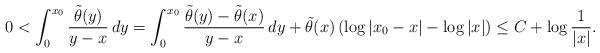
LaTeX: \begin{align*}0< \int_0^{x_0} \frac{\tilde{\theta}(y)}{y-x} \, dy = \int_0^{x_0} \frac{\tilde{\theta}(y) - \tilde{\theta}(x)}{y-x} \, dy + \tilde{\theta}(x) \left(\log|x_0-x| - \log|x| \right) \leq C+ \log \frac{1}{|x|}. \end{align*}